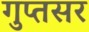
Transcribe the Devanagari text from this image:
गुप्तसर